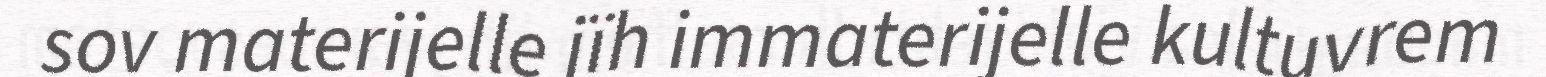
sov materijelle jïh immaterijelle kultuvrem